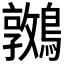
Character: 𪆝